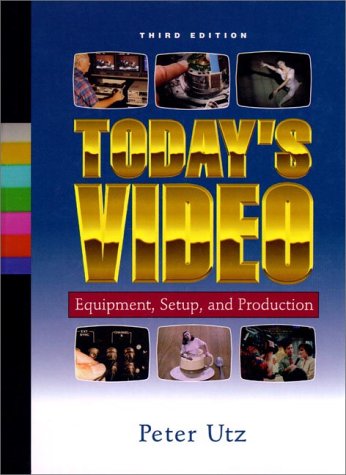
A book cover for Today's Video: Equipment, Setup, and Production; Peter Utz; Humor & Entertainment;